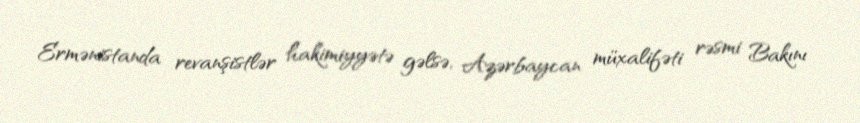
Ermənistanda revanşistlər hakimiyyətə gəlsə, Azərbaycan müxalifəti rəsmi Bakını